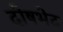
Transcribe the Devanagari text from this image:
दोषभेद